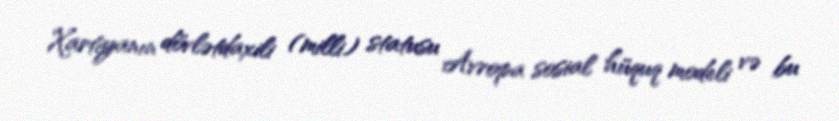
Xartiyanın dövlətdaxili (milli) statusu Avropa sosial hüquq modeli və bu